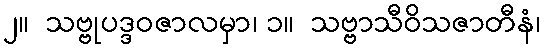
၂။  သဗ္ဗုပဒ္ဒဝဇာလမှာ၊ ၁။  သဗ္ဗာသီဝိသဇာတီနံ၊